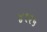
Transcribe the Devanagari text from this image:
४१२५